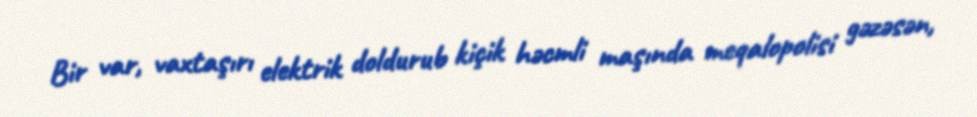
Bir var, vaxtaşırı elektrik doldurub kiçik həcmli maşında meqalopolisi gəzəsən,